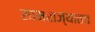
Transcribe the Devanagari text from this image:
साम्राज्यातच